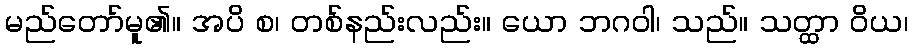
မည်တော်မူ၏။ အပိ စ၊ တစ်နည်းလည်း။ ယော ဘဂဝါ၊ သည်။ သတ္ထာ ဝိယ၊